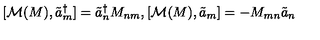
[ { \cal M } ( M ) , \tilde { a } _ { m } ^ { \dagger } ] = \tilde { a } _ { n } ^ { \dagger } M _ { n m } , [ { \cal M } ( M ) , \tilde { a } _ { m } ] = - M _ { m n } \tilde { a } _ { n }